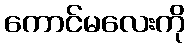
ကောင်မလေးကို